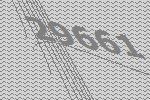
29661